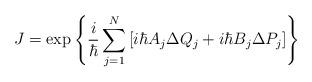
LaTeX: \begin{align*} J = \exp \left \{ \frac{ i }{ \hbar } \sum_{j=1}^{N} \left [ i\hbar A_j \Delta Q_j + i \hbar B_j \Delta P_j \right ] \right \}\end{align*}